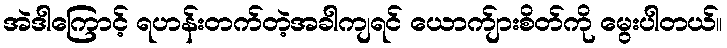
အဲဒါကြောင့် ရဟန်းတက်တဲ့အခါကျရင် ယောက်ျားစိတ်ကို မွေးပါတယ်။